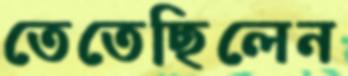
তেতেছিলেন